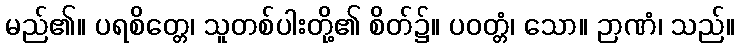
မည်၏။ ပရစိတ္တေ၊ သူတစ်ပါးတို့၏ စိတ်၌။ ပဝတ္တံ၊ သော။ ဉာဏံ၊ သည်။